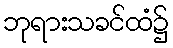
ဘုရားသခင်ထံ၌